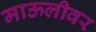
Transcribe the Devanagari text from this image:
माऊलीवर